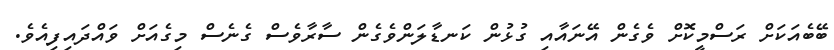
ބޭބެއަކަށް ރަސްމީކޮށް ވެގެން އޭނައާއި ގުޅުން ކަނޑާލަންވެގެން ސާރާވެސް ގެނެސް މިގެއަށް ވައްދައިފިއެވެ.